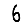
Digit: 6